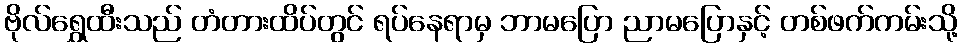
ဗိုလ်ရွှေထီးသည် တံတားထိပ်တွင် ရပ်နေရာမှ ဘာမပြော ညာမပြောနှင့် တစ်ဖက်ကမ်းသို့